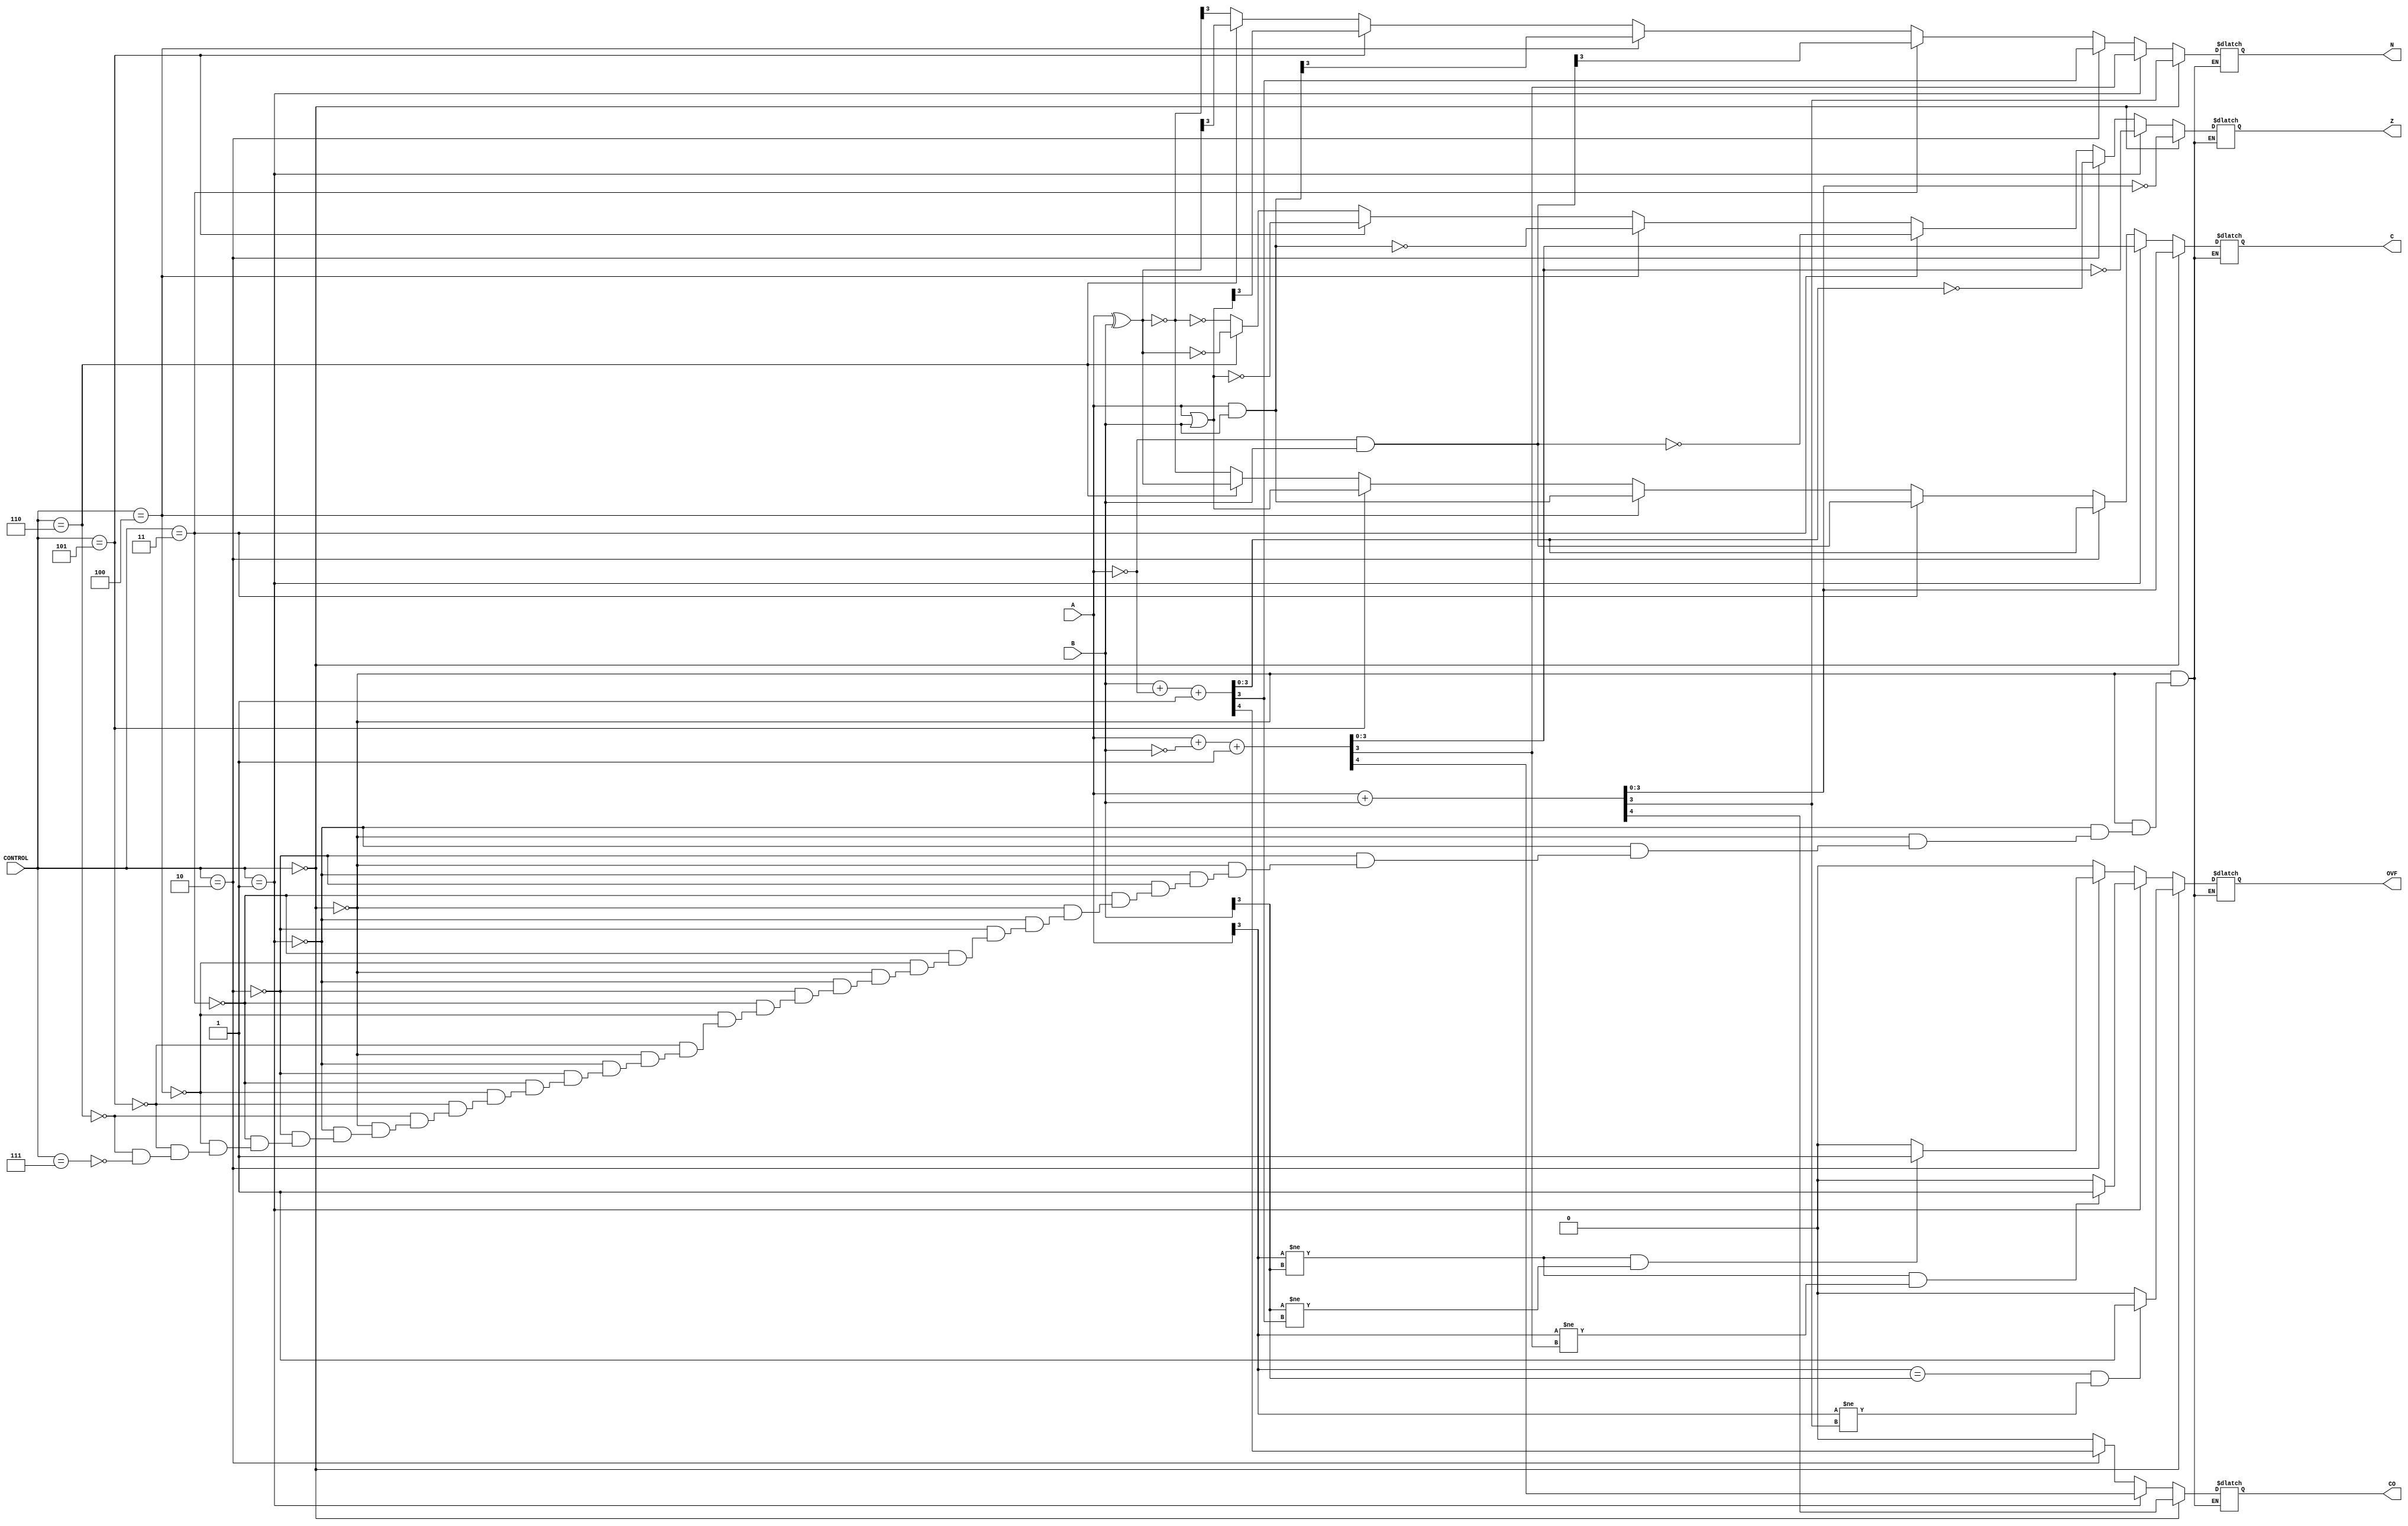
module alu #(parameter W=4) (A,B,C,CONTROL,CO,OVF,N,Z);

	input [W-1:0] A,B;
	reg [W-1:0] B_temp,A_temp;
	input [2:0] CONTROL;
	output reg CO,OVF,N,Z;
	output reg [W-1:0] C;
	
	always@* 
	begin 
	if ( CONTROL == 3'b000)
	begin
		{CO,C} = A + B; // ADD 
		N = C[W-1]; // SIGN BIT
		Z = ( C == 0); // ALL ZEROS 
		if ( (A[W-1] == B[W-1] ) && (A[W-1] != C[W-1] )) // check the sign bits for ovf
			OVF = 1; // if sign bit is changed , there is ovf
		else 
			OVF = 0; // no change => no ovf
	end
	else if ( CONTROL == 3'b001)
	begin
		B_temp = ~B;
		{CO,C} = A + B_temp + 1'b1; // SUB A-B
		N = C[W-1]; // SIGN BIT
		Z = ( C == 0); // ALL ZEROS
		if ( (A[W-1] != B[W-1] ) && (A[W-1] != C[W-1] )) // check the sign bits for ovf
			OVF = 1;
		else 
			OVF = 0; 
	end
	else if ( CONTROL == 3'b010)
	begin
		A_temp = ~A;
		{CO,C} = B + A_temp + 1'b1; // SUB B-A
		N = C[W-1]; // SIGN BIT
		Z = ( C == 0); // ALL ZEROS
		if ( (A[W-1] != B[W-1] ) && (B[W-1] != C[W-1] )) // check the sign bits for ovf
			OVF = 1; 
		else 
			OVF = 0;
	end
	else if ( CONTROL == 3'b011)
	begin
		C = (~A) & (B);    // BTC
		N = C[W-1]; // SIGN BIT
		Z = ( C == 0); // ALL ZEROS
		CO = 0; // NO CARRY 
		OVF = 0; // NO OVF
	end
	else if ( CONTROL == 3'b100)
	begin
		C = A & B; 			// AND
		N = C[W-1]; // SIGN BIT
		Z = ( C == 0); // ALL ZEROS
		CO = 0; // NO CARRY
		OVF = 0; // NO OVF
	end
	else if ( CONTROL == 3'b101)
	begin
		C = A | B;			// OR
		N = C[W-1]; // SIGN BIT
		Z = ( C == 0); // ALL ZEROS
		CO = 0; // NO CARRY 
		OVF = 0; // NO OVF
	end
	else if ( CONTROL == 3'b110)
	begin
		C = A ^ B; 			// XOR
		N = C[W-1]; // SIGN BIT
		Z = ( C == 0); // ALL ZEROS
		CO = 0; // NO CARRY 
		OVF = 0; // NO OVF
	end
	else if ( CONTROL == 3'b111)
	begin
		C = ~(A^B);			// XNOR
		N = C[W-1]; // SIGN BIT
		Z = ( C == 0); // ALL ZEROS
		CO = 0; // NO CARRY 
		OVF = 0; // NO OVF
	end
	
	end
	
	
endmodule